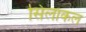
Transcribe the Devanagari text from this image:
सिलाकल